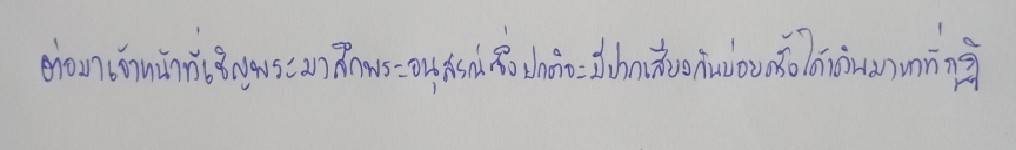
ต่อมาเจ้าหน้าที่เชิญพระมาสึกพระอนุสรณ์ซึ่งปกติจะมีปากเสียงกันบ่อยครั้งได้เดินมาหาที่กุฏิ